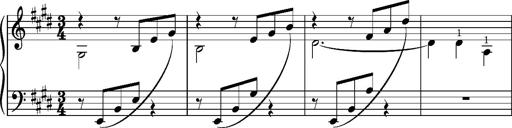
Title: Album-Leaf 'Cantique d'amour'
Composer: Franz Liszt
Key: E major